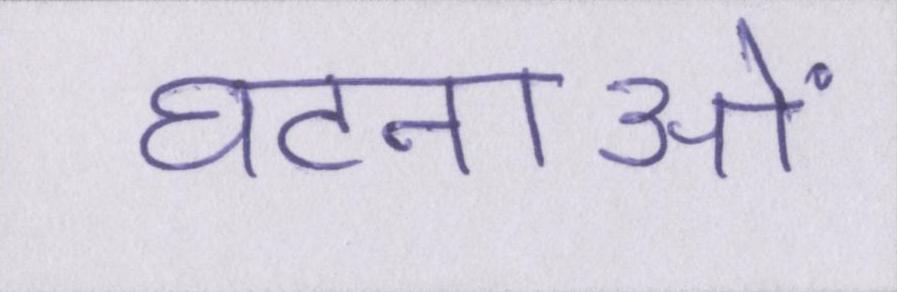
घटनाओं